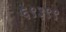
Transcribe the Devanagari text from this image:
६९३९९